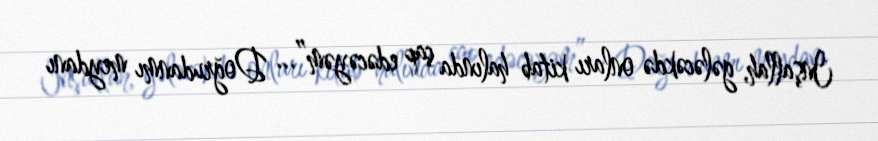
Inşallah, gələcəkdə onları kitab halında çap edəcəyəm”... Doğrudanmı meydanı